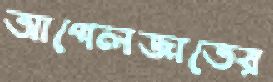
আপেলজাতের